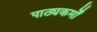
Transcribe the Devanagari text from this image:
पाठ्यकर्मों